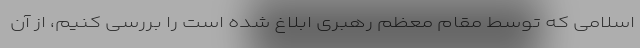
اسلامی که توسط مقام معظم رهبری ابلاغ شده است را بررسی کنیم، از آن